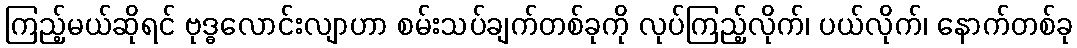
ကြည့်မယ်ဆိုရင် ဗုဒ္ဓလောင်းလျာဟာ စမ်းသပ်ချက်တစ်ခုကို လုပ်ကြည့်လိုက်၊ ပယ်လိုက်၊ နောက်တစ်ခု